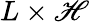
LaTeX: L\times\mathscr{H}